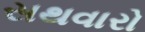
સથવારો